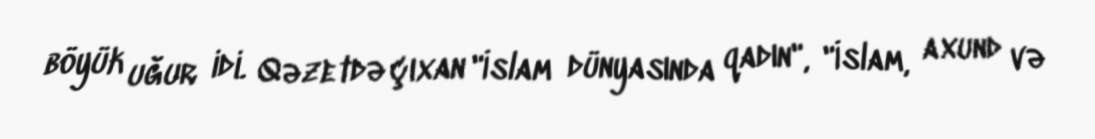
böyük uğur idi. Qəzetdə çıxan "İslam dünyasında qadın", "İslam, axund və